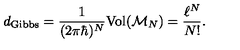
d _ { \mathrm { G i b b s } } = \frac { 1 } { ( 2 \pi \hbar ) ^ { N } } \mathrm { V o l } ( { \cal M } _ { N } ) = \frac { \ell ^ { N } } { N ! } .